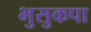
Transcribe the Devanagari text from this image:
भुसुकपा